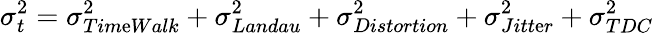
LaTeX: \sigma_{t}^{2}=\sigma_{Tim\mathrm{e}Walk}^{2}+\sigma_{Landau}^{2}+\sigma_{Distortion}^{2}+\sigma_{Jitt\mathrm{e}r}^{2}+\sigma_{TDC}^{2}